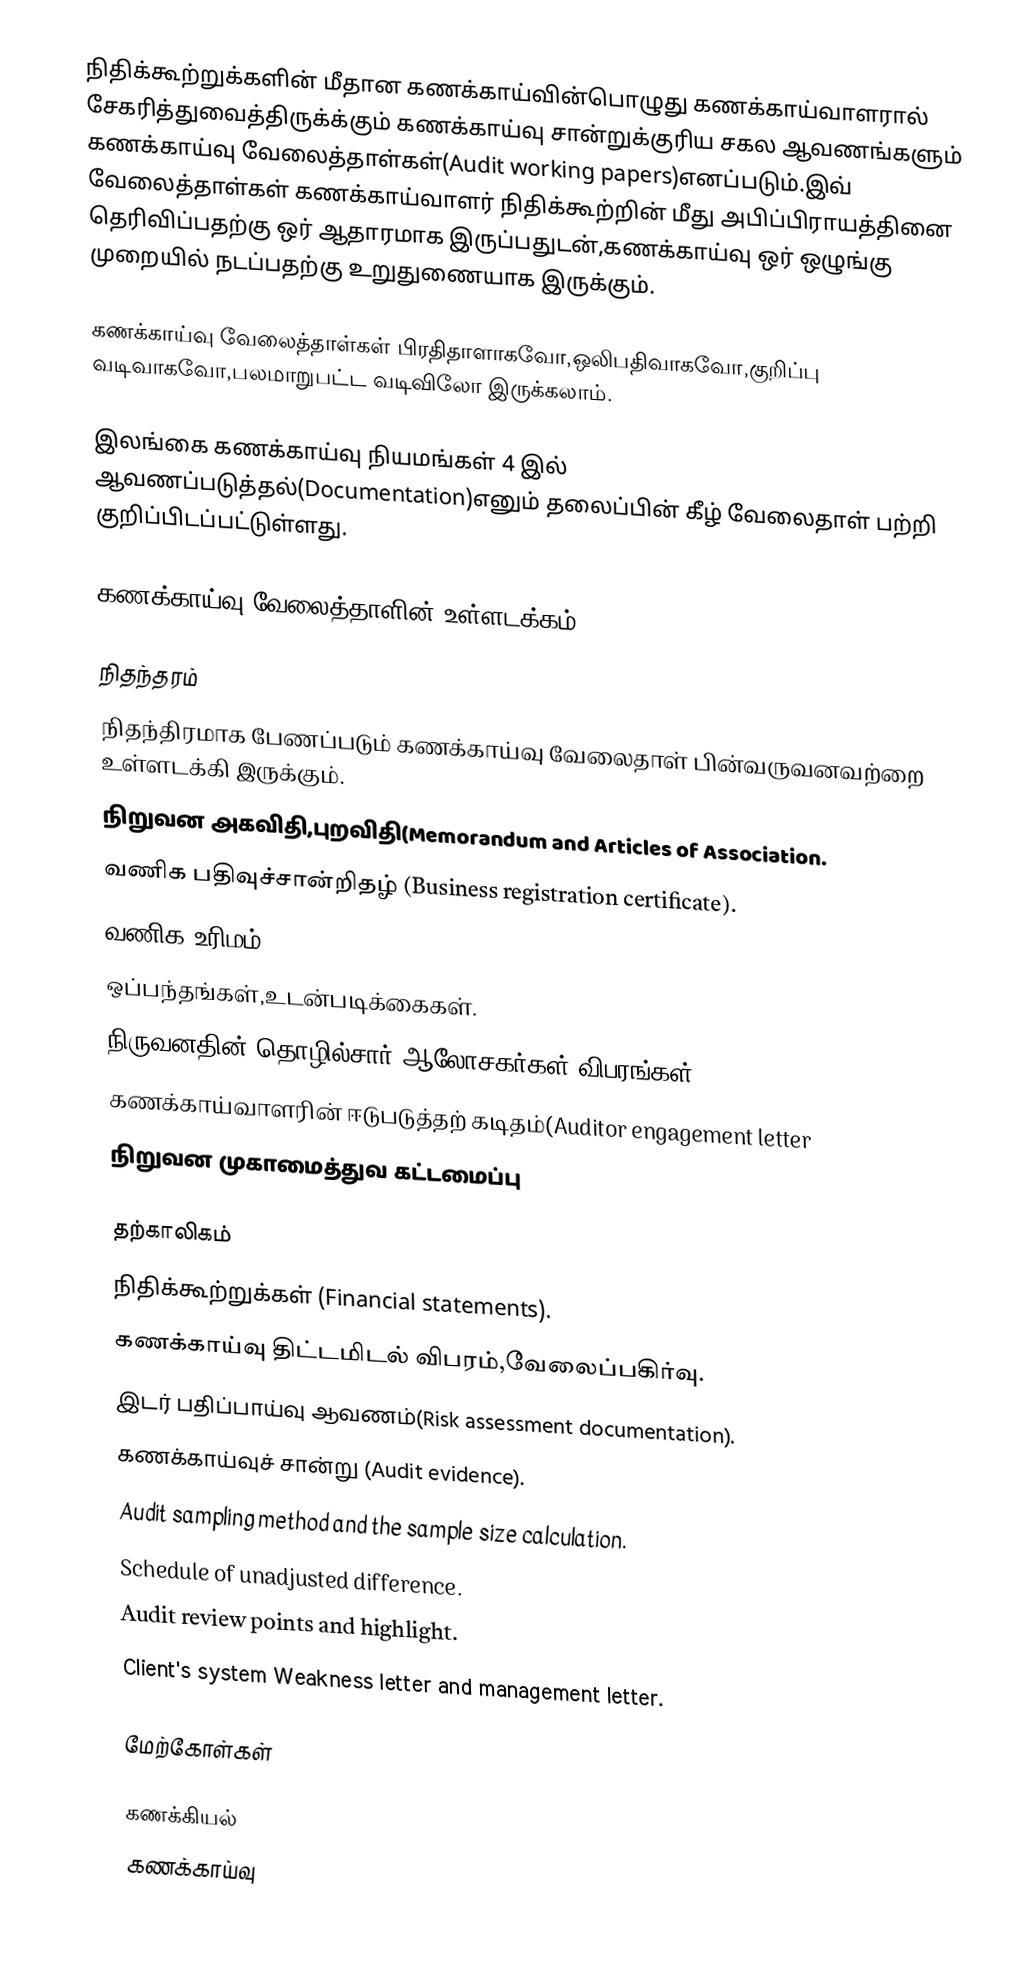
நிதிக்கூற்றுக்களின் மீதான கணக்காய்வின்பொழுது கணக்காய்வாளரால் சேகரித்துவைத்திருக்க்கும் கணக்காய்வு சான்றுக்குரிய சகல ஆவணங்களும் கணக்காய்வு வேலைத்தாள்கள்(Audit working papers)எனப்படும்.இவ் வேலைத்தாள்கள் கணக்காய்வாளர் நிதிக்கூற்றின் மீது அபிப்பிராயத்தினை தெரிவிப்பதற்கு ஒர் ஆதாரமாக இருப்பதுடன்,கணக்காய்வு ஒர் ஒழுங்கு முறையில் நடப்பதற்கு உறுதுணையாக இருக்கும்.

கணக்காய்வு வேலைத்தாள்கள் பிரதிதாளாகவோ,ஒலிபதிவாகவோ,குறிப்பு வடிவாகவோ,பலமாறுபட்ட வடிவிலோ இருக்கலாம்.

இலங்கை கணக்காய்வு நியமங்கள் 4 இல் ஆவணப்படுத்தல்(Documentation)எனும் தலைப்பின் கீழ் வேலைதாள் பற்றி குறிப்பிடப்பட்டுள்ளது.

கணக்காய்வு வேலைத்தாளின் உள்ளடக்கம்

நிதந்தரம்
நிதந்திரமாக பேணப்படும் கணக்காய்வு வேலைதாள் பின்வருவனவற்றை உள்ளடக்கி இருக்கும்.
 நிறுவன அகவிதி,புறவிதி(Memorandum and Articles of Association.
 வணிக பதிவுச்சான்றிதழ் (Business registration certificate).
 வணிக உரிமம்(Business License).
 ஒப்பந்தங்கள்,உடன்படிக்கைகள்.
 நிருவனதின் தொழில்சார் ஆலோசகர்கள் விபரங்கள்.
 கணக்காய்வாளரின் ஈடுபடுத்தற் கடிதம்(Auditor engagement letter
 நிறுவன முகாமைத்துவ கட்டமைப்பு

தற்காலிகம்
 நிதிக்கூற்றுக்கள் (Financial statements).
 கணக்காய்வு திட்டமிடல் விபரம்,வேலைப்பகிர்வு.
 இடர் பதிப்பாய்வு ஆவணம்(Risk assessment documentation).
 கணக்காய்வுச் சான்று (Audit evidence).
 Audit sampling method and the sample size calculation.
 Schedule of unadjusted difference.
 Audit review points and highlight.
 Client's system Weakness letter and management letter.

மேற்கோள்கள்

கணக்கியல்
கணக்காய்வு